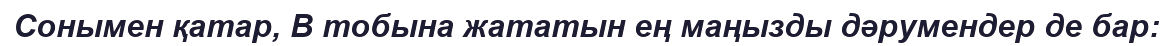
Сонымен қатар, B тобына жататын ең маңызды дәрумендер де бар: